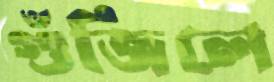
গুঁজিলে